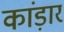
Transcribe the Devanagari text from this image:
कांड़ार